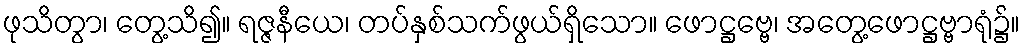
ဖုသိတွာ၊ တွေ့သိ၍။ ရဇ္ဇနီယေ၊ တပ်နှစ်သက်ဖွယ်ရှိသော။ ဖောဋ္ဌဗ္ဗေ၊ အတွေ့ဖောဋ္ဌဗ္ဗာရုံ၌။